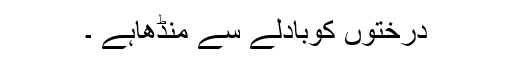
درختوں کوبادلے سے منڈھاہے ۔